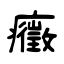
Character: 癥